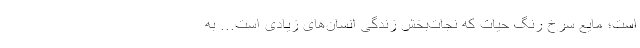
است؛ مایع سرخ رنگ حیات که نجات‌بخش زندگی انسان‌های زیادی است... به